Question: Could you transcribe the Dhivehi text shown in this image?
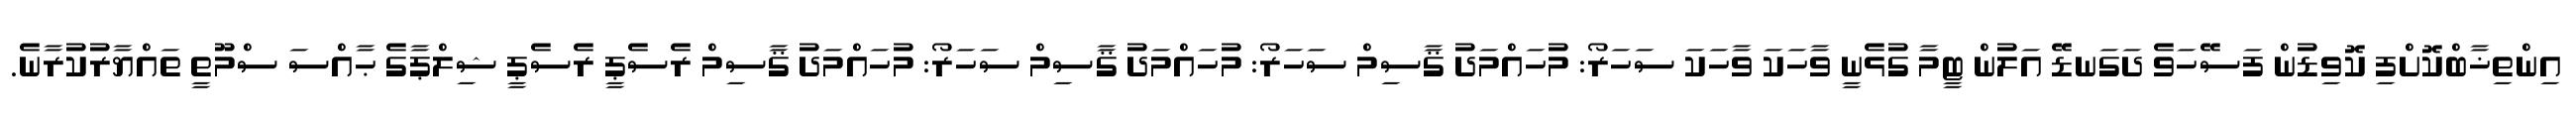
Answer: އިންތިޚާބްކޮށްފި ކޮވިޑުން ފަސޭހަވެ ދަގަނޑޭ އަލުން ޓީމާ ގުޅެނީ ވާހަކަ ވާހަކަ ސަހަރޯ: މުހައްމަދު ޤާސިމް ސަހަރޯ: މުހައްމަދު ޤާސިމް ސަހަރޯ: މުހައްމަދު ޤާސިމް ރެސެޕީ ރެސެޕީ ޝިލްޕާގެ ޙާއްސަ ސްމޫތީ ތައްޔާރުކުރާނެ.